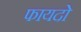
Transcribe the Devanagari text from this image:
फायदो